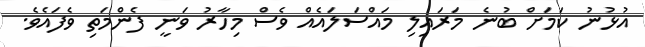
އުޅުނު ކަމަށް ބުނެ މަރައިލި މައްސަލައެއް ވެސް މިހާރު ވަނީ ފެންމަތި ވެފައެވެ.